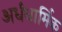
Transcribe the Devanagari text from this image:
अर्धधार्मिक